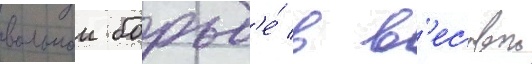
вольнои борьб'е́ в в'есовои